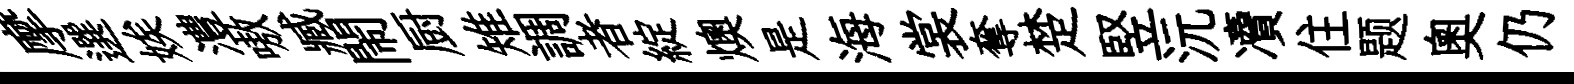
摩選娭澧嗷臧閙厨雉調者綻燠是海裳奪楚竪沅凟住题奧仍